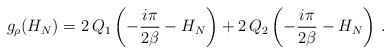
LaTeX: \begin{align*} g_\rho(H_N) =& \ 2 \, Q_1\left(-\frac{i\pi}{2\beta} -H_N\right) + 2\, Q_2\left(-\frac{i\pi}{2\beta} -H_N\right) \, . \end{align*}